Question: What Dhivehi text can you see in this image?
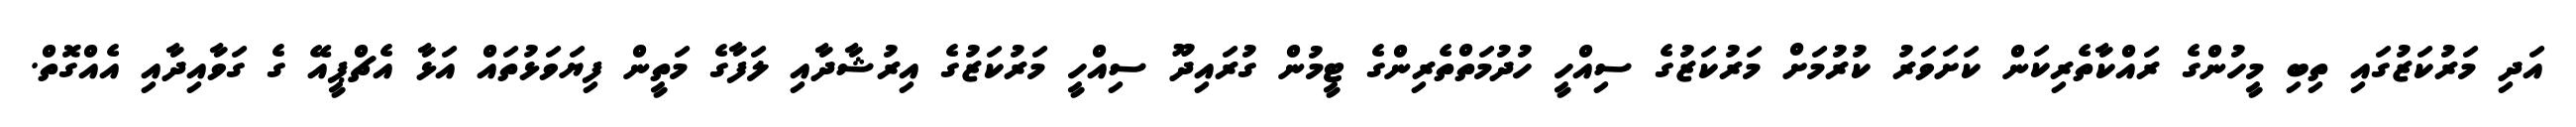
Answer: އަދި މަރުކަޒުގައި ތިބި މީހުންގެ ރައްކާތެރިކަން ކަށަވަރު ކުރުމަށް މަރުކަޒުގެ ސިއްހީ ހުދުމަތްތެރިންގެ ޓީމުން ގުރައިދޫ ސިއްހީ މަރުކަޒުގެ އިރުޝާދާއި ލަފާގެ މަތީން ފިޔަވަޅުތައް އަޅާ އެޗްޕީއޭ ގެ ގަވާއިދާއި އެއްގޮތް.